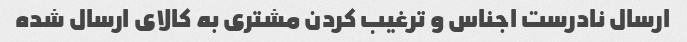
ارسال نادرست اجناس و ترغیب کردن مشتری به کالای ارسال شده